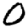
Digit: 0